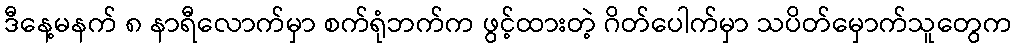
ဒီနေ့မနက် ၈ နာရီလောက်မှာ စက်ရုံဘက်က ဖွင့်ထားတဲ့ ဂိတ်ပေါက်မှာ သပိတ်မှောက်သူတွေက